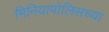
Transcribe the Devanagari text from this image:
मिनियापोलिसच्या